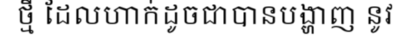
ថ្មី ដែលហាក់ដូចជាបានបង្ហាញ នូវ